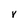
Character: V